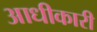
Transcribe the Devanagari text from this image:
आधीकारी